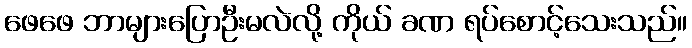
ဖေဖေ ဘာများပြောဦးမလဲလို့ ကိုယ် ခဏ ရပ်စောင့်သေးသည်။